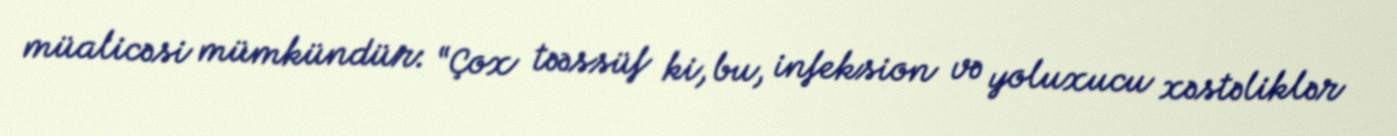
müalicəsi mümkündür: “Çox təəssüf ki, bu, infeksion və yoluxucu xəstəliklər